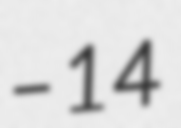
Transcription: – 14